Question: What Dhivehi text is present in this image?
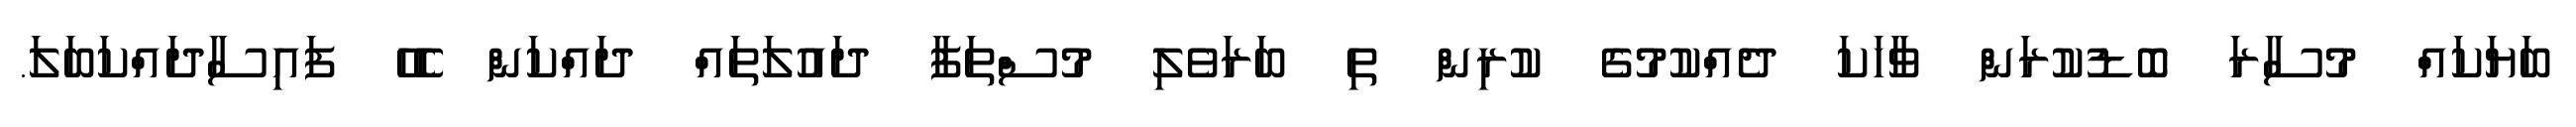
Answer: ބަޔަކައް މުސާރަ ބޮޑުކުރަން ވާހަކަ ދެއްކުމުގެ ކުރިން ތި ބަރަވެލި މުސްތަފާ ދައުލަތައް ދައްކަން ހެހޭ ފައިސާދައްކަބަލަ.